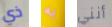
ذي به أنني